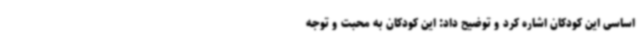
اساسی این کودکان اشاره کرد و توضیح داد: این کودکان به محبت و توجه